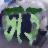
চাড়